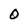
Character: O